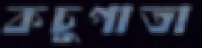
কচুপাতা